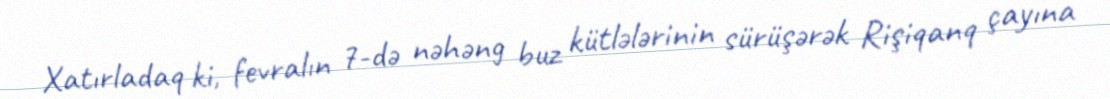
Xatırladaq ki, fevralın 7-də nəhəng buz kütlələrinin sürüşərək Rişiqanq çayına